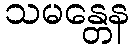
သမန္တေန